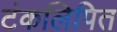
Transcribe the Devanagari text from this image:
टंकलिपित